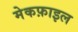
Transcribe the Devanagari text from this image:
मेकफ़ाइल